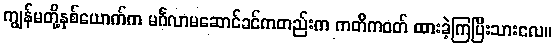
ကျွန်မတို့နှစ်ယောက်က မင်္ဂလာမဆောင်ခင်ကတည်းက ကတိကဝတ် ထားခဲ့ကြပြီးသားလေ။